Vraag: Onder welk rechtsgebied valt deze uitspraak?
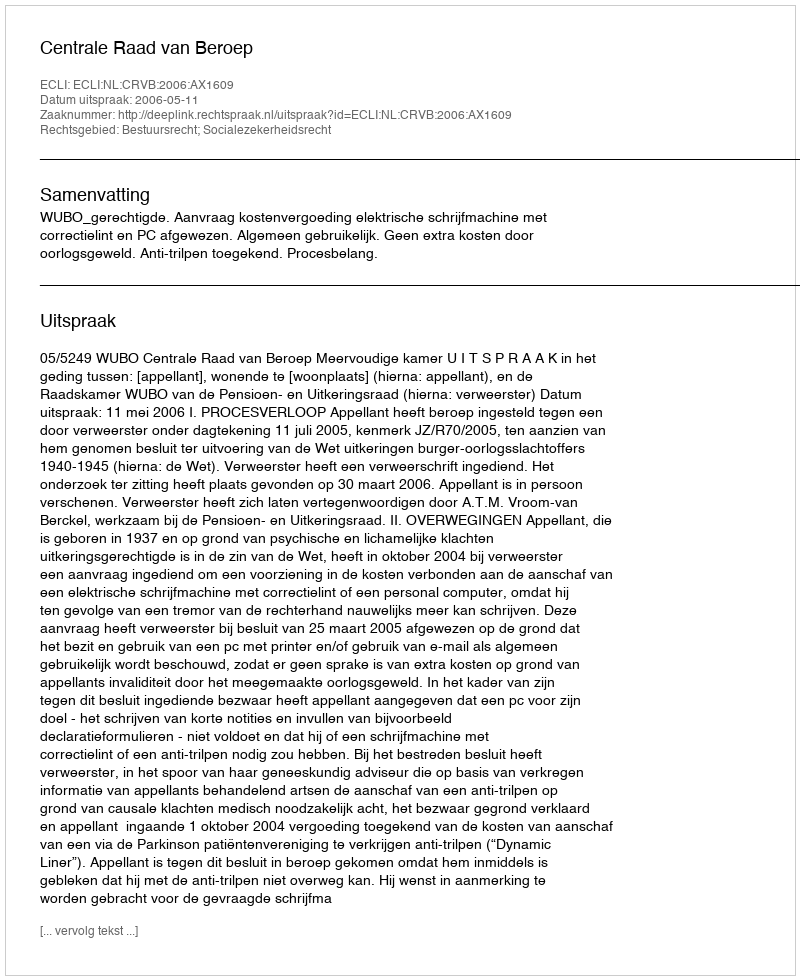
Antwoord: Bestuursrecht; Socialezekerheidsrecht